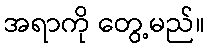
အရာကို တွေ့မည်။